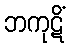
ဘကုဋိံ